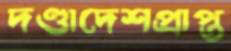
দণ্ডাদেশপ্রাপ্ত